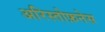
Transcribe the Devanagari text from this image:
अरिस्तोफ़नेस